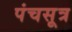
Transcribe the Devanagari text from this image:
पंचसूत्र